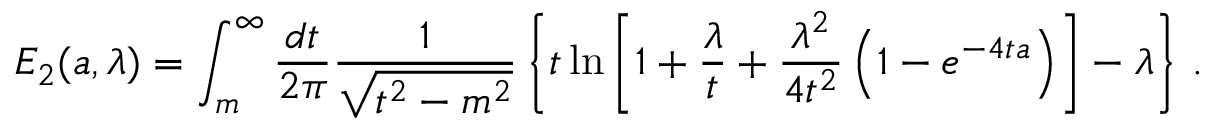
E _ { 2 } ( a , \lambda ) = \int _ { m } ^ { \infty } \frac { d t } { 2 \pi } \frac { 1 } { \sqrt { t ^ { 2 } - m ^ { 2 } } } \left\{ t \ln \left[ 1 + \frac { \lambda } { t } + \frac { \lambda ^ { 2 } } { 4 t ^ { 2 } } \left( 1 - e ^ { - 4 t a } \right) \right] - \lambda \right\} \, .